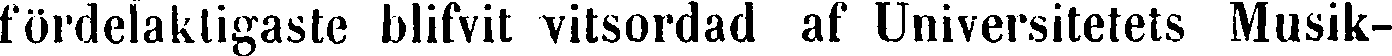
fördelaktigaste blifvit vitsordad af Universitetets Musik-